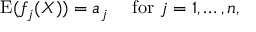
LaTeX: \operatorname { E } ( f _ { j } ( X ) ) = a _ { j } \quad { \mathrm { ~ f o r ~ } } j = 1 , \ldots , n ,